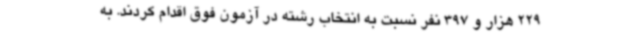
229 هزار و 397 نفر نسبت به انتخاب رشته در آزمون فوق اقدام کردند. به